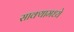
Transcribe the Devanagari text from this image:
साक्यामध्ये